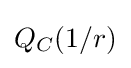
{\textstyle Q_{C}(1/r)}